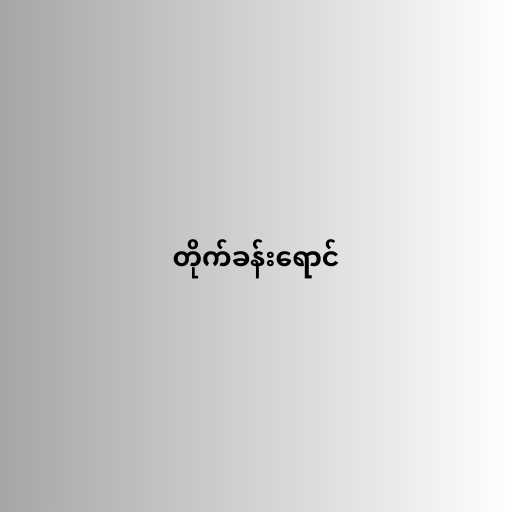
တိုက်ခန်းရောင်